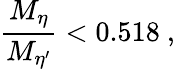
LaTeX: {\frac{M_{\eta}}{M_{\eta^{\prime}}}}<0.518\ ,